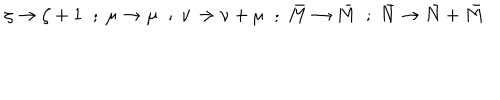
\zeta \rightarrow \zeta + 1 \; \; ; \; \mu \rightarrow \mu \; \; ; \; \nu \rightarrow \nu + \mu \; \; ; \; \bar { M } \rightarrow \bar { M } \; \; ; \; \bar { N } \rightarrow \bar { N } + \bar { M }